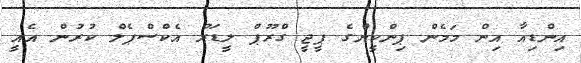
އިންޑިއާ އިން މަމެން ޕިންކީންގެ ޕީޖީ ގްރޫޕް ލީޑަރު އެކްސްޕެލް ކުރުން އެއީ